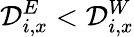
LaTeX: \mathcal{D}_{i,x}^{E}<\mathcal{D}_{i,x}^{W}